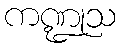
ကဏ္ဍုသ